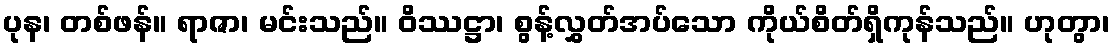
ပုန၊ တစ်ဖန်။ ရာဇာ၊ မင်းသည်။ ဝိဿဋ္ဌာ၊ စွန့်လွှတ်အပ်သော ကိုယ်စိတ်ရှိကုန်သည်။ ဟုတွာ၊